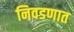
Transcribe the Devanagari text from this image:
निवडणात